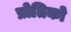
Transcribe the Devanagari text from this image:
प्रोतिको